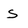
Character: S